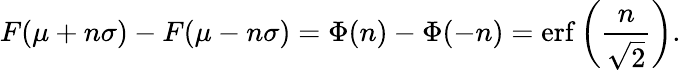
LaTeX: F(\mu+n\sigma)-F(\mu-n\sigma)=\Phi(n)-\Phi(-n)=\operatorname{erf}\left({\frac{n}{\sqrt{2}}}\right).